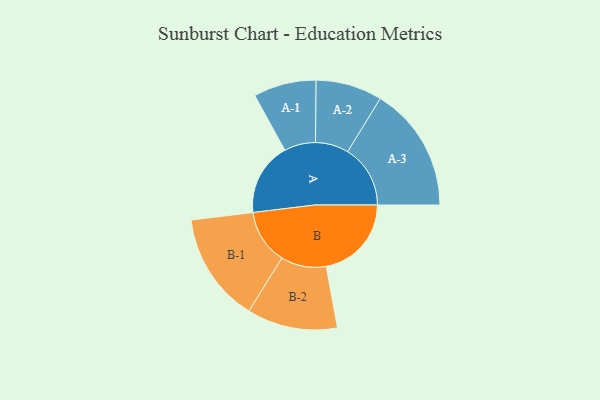
{"axis": {"x": "Segment", "y": "Value"}, "legend": ["", "A", "B"], "data": [{"x": "A", "y": 349, "type": ""}, {"x": "B", "y": 408, "type": ""}, {"x": "A-1", "y": 150, "type": "A"}, {"x": "A-2", "y": 159, "type": "A"}, {"x": "A-3", "y": 300, "type": "A"}, {"x": "B-1", "y": 262, "type": "B"}, {"x": "B-2", "y": 217, "type": "B"}]}